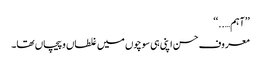
’’آہم…..‘‘
معروف حسن اپنی ہی سوچوں میں غلطاں و پیچاں تھا۔